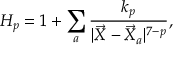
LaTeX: H _ { p } = 1 + \sum _ { a } \frac { k _ { p } } { | \vec { X } - \vec { X } _ { a } | ^ { 7 - p } } ,